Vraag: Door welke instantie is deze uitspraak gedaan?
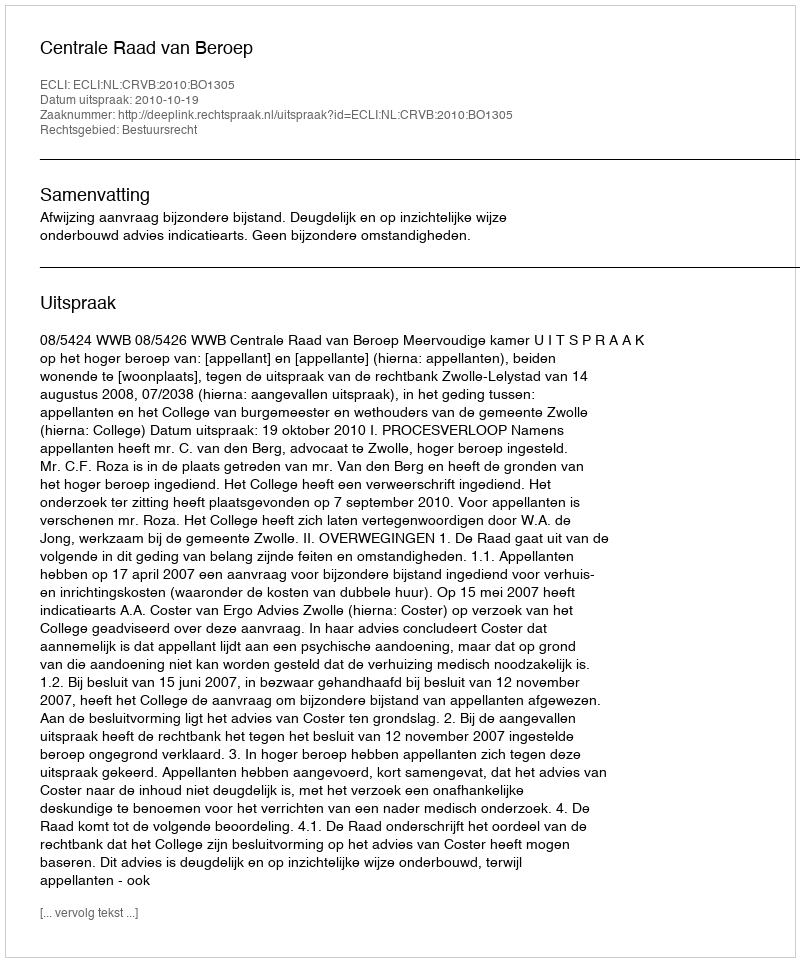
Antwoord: Centrale Raad van Beroep